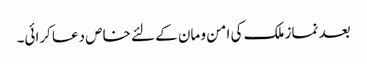
بعد نماز ملک کی امن و مان کے لئے خاص دعا کرائی۔